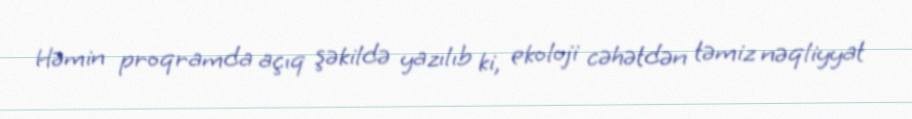
Həmin proqramda açıq şəkildə yazılıb ki, ekoloji cəhətdən təmiz nəqliyyat